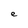
Character: e